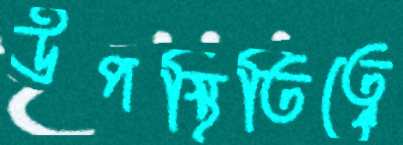
উপস্থিতিত্বে